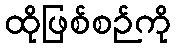
ထိုဖြစ်စဉ်ကို